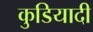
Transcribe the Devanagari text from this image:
कुडियादी